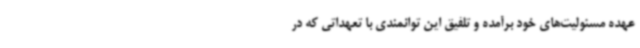
عهده مسئولیت‌های خود برآمده و تلفیق این توانمندی با تعهداتی که در